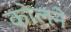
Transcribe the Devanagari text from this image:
कोलने